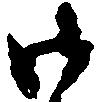
御